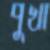
পুখা